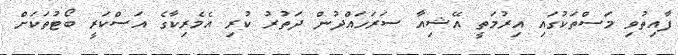
ފާއިތުވި މަސްތަކުގައި އިރުމަތީ އޭޝިއާ ސަރަހައްދުން ދަތުރު ކުރި އެމެރިކާގެ އަސްކަރީ ބޯޓުތަކަށް